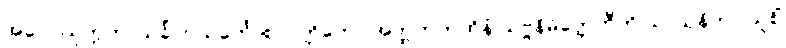
အပ္ပေါဿုက္ကတာသင်္ခါတသင်္ကောစာပတ္တိတော အတ္ထတကထိနံ သဗ္ဗနိမိတ္တေဟီတိ သာသနိကာ သူစိံ